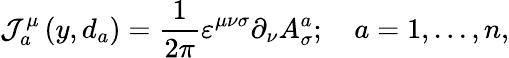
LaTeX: \mathcal{J}_{a}^{\mu}\left(y,d_{a}\right)=\frac{1}{2\pi}\varepsilon^{\mu\nu\sigma}\partial_{\nu}A_{\sigma}^{a};\quad a=1,...,n,